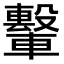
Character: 𫐁